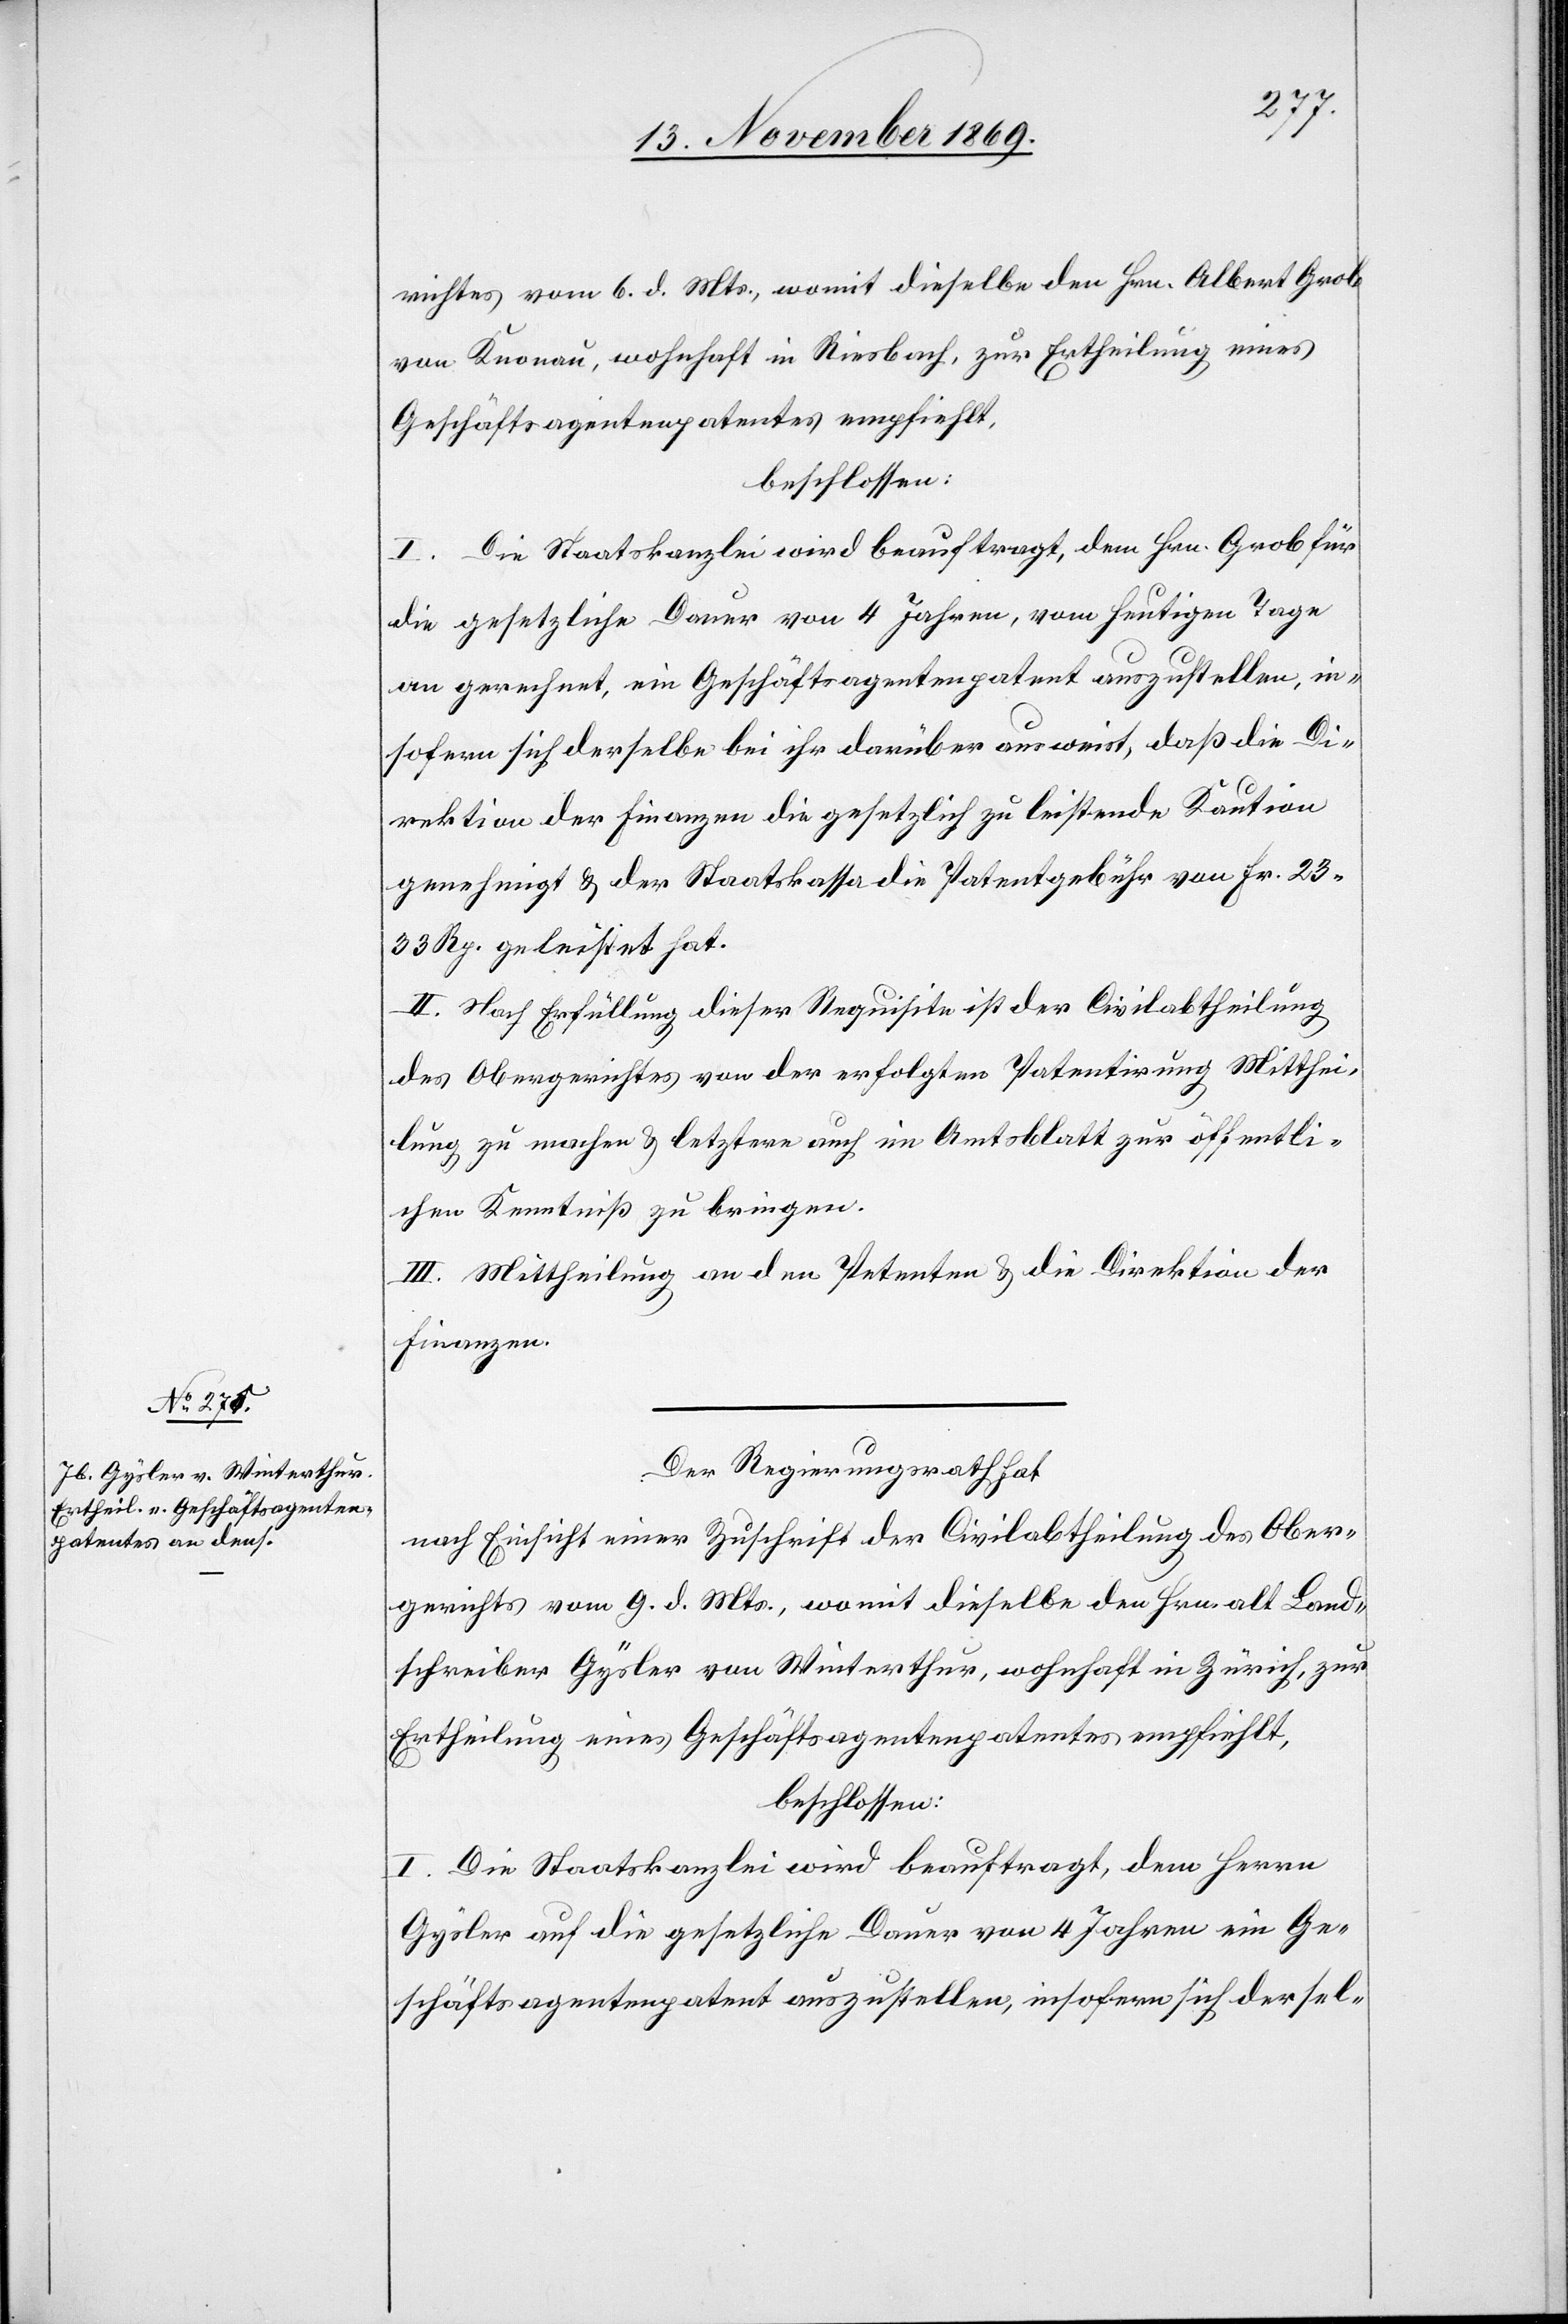
richtes vom 6. d. Mts., womit dieselbe den Hrn. Albert Grob
von Knonau, wohnhaft in Riesbach, zur Ertheilung eines
Geschäftsagentenpatentes empfiehlt,
beschlossen:
I. Die Staatskanzlei wird beauftragt, dem Hrn. Grob für
die gesetzliche Dauer von 4 Jahren, vom heutigen Tage
an gerechnet, ein Geschäftsagentenpatent auszustellen, in¬
sofern sich derselbe bei ihr darüber ausweist, daß die Di¬
rektion der Finanzen die gesetzlich zu leistende Kaution
genehmigt & der Staatskassa die Patentgebühr von Fr. 23.
33 Rp. geleistet hat.
II. Nach Erfüllung dieser Requisite ist der Civilabtheilung
des Obergerichtes von der erfolgten Patentirung Mitthei¬
lung zu machen & letztere auch im Amtsblatt zur öffentli¬
chen Kenntniß zu bringen.
III. Mittheilung an den Petenten & die Direktion der
Finanzen.
Der Regierungsrath hat
nach Einsicht einer Zuschrift der Civilabtheilung des Ober¬
gerichts vom 9. d. Mts., womit dieselbe den Hrn. alt Land¬
schreiber Gysler von Winterthur, wohnhaft in Zürich, zur
Ertheilung eines Geschäftsagentenpatentes empfiehlt,
beschlossen:
I. Die Staatskanzlei wird beauftragt, dem Herrn
Gysler auf die gesetzliche Dauer von 4 Jahren ein Ge¬
schäftsagentenpatent auszustellen, insofern sich dersel-